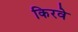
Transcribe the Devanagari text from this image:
किरवे